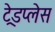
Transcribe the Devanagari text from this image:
ट्रेडप्लेस